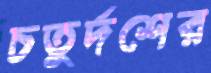
চতুর্দশের